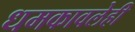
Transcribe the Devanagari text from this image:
धमकावलेही